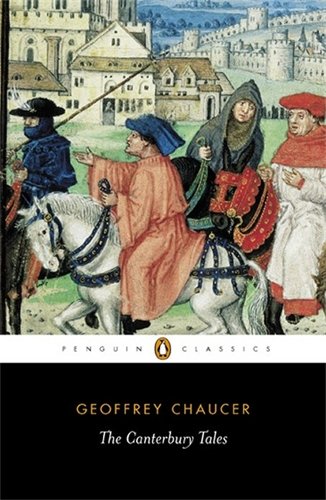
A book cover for The Canterbury Tales; Geoffrey Chaucer; Literature & Fiction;